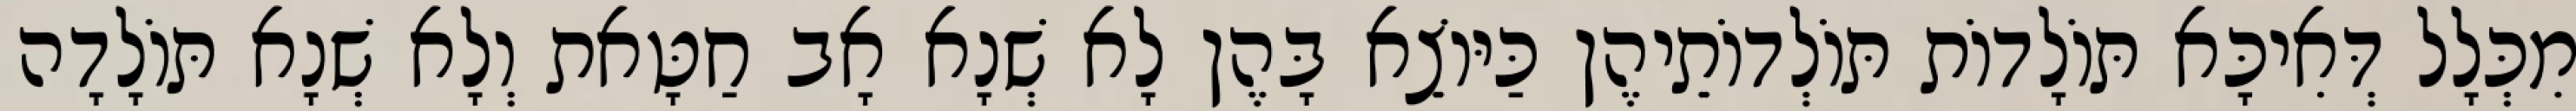
מִכְּלָל דְּאִיכָּא תּוֹלָדוֹת תּוֹלְדוֹתֵיהֶן כַּיּוֹצֵא בָּהֶן לָא שְׁנָא אָב חַטָּאת וְלָא שְׁנָא תּוֹלָדָה